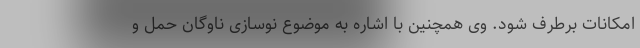
امکانات برطرف شود. وی همچنین با اشاره به موضوع نوسازی ناوگان حمل و